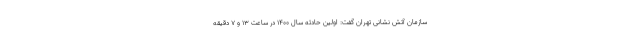
سازمان آتش نشانی تهران گفت: اولین حادثه سال ۱۴۰۰ در ساعت ۱۳ و ۷ دقیقه